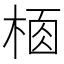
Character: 𣔸